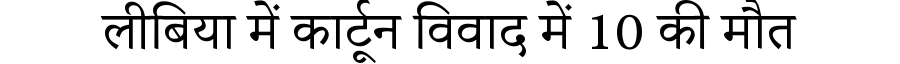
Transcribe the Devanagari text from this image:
लीबिया में कार्टून विवाद में 10 की मौत